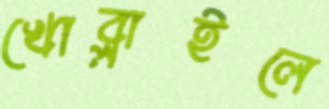
খোব্‌লাইলে